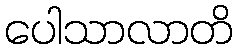
ပေါသာလာတိ